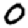
Digit: 0